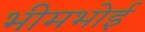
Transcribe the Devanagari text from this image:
भीमभोई